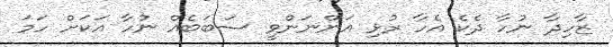
ޒާހިދާ ނުހާ ދެކެ އެހާ ރުޅި އަންނަންވީ ސަބަބެއް ނުހާ އަކަށް ހަމަ